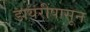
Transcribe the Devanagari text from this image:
डायरींपासून